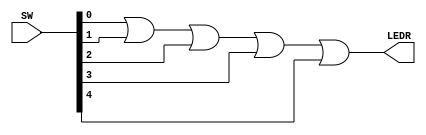
module or5_DE2 (
   input    [4:0] SW,
   output   [0:0] LEDR
   );
   
   assign LEDR[0] = SW[0] | SW[1] | SW[2] | SW[3] | SW[4];
   
endmodule